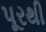
પૂરથી